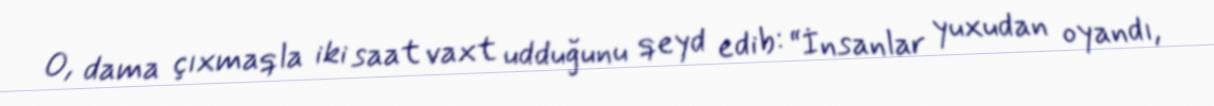
O, dama çıxmaqla iki saat vaxt udduğunu qeyd edib: “İnsanlar yuxudan oyandı,